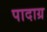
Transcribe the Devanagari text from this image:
पादाग्र